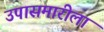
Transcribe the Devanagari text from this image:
उपासमारीला